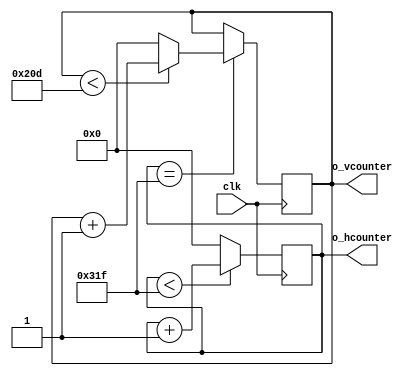
`timescale 1ns / 1ps
//////////////////////////////////////////////////////////////////////////////////
// Company: 
// 
// Design Name: 
// Module Name: h_v_counter
// Project Name: Emoji_Animation
// Target Devices: 
// Tool Versions: 
// Description: generates the horizontal and vertical counters needed to keep track of pixels and v_sync/h_sync
// 
// Dependencies: 
// 
// Revision:
// Revision 0.01 - File Created
// Additional Comments:
// 
//////////////////////////////////////////////////////////////////////////////////


module h_v_counter(
  input clk,               // 25 MHz
  output [9:0] o_hcounter, // horizontal pixel counter
  output [9:0] o_vcounter  // verticle pixel counter
  );
    
  reg [9:0] r_hcounter = 0;  // horizontal counter reg
	reg [9:0] r_vcounter = 0;  // vertical counter reg'
  
  /////////////////////////////////////////////////////////////////////////////////////////////////////////////////////////////////
	// counter and sync generation
	always @(posedge clk)  // horizontal counter
		begin 
			if (r_hcounter < 799)
				r_hcounter <= r_hcounter + 1;  // horizontal counter (including off-screen horizontal 160 pixels) total of 800 pixels 
			else
				r_hcounter <= 0;              
		end  // always 
	
	always @ (posedge clk)  // vertical counter
		begin 
			if (r_hcounter == 799)  // only counts up 1 count after horizontal finishes 800 counts
				begin
					if (r_vcounter < 525)  // vertical counter (including off-screen vertical 45 pixels) total of 525 pixels
						r_vcounter <= r_vcounter + 1;
					else
						r_vcounter <= 0;              
				end  // if (r_hcounter...
		end  // always
	
  // counter output assignments
	assign o_hcounter = r_hcounter;
	assign o_vcounter = r_vcounter;
	// end counter and sync generation  
  
endmodule